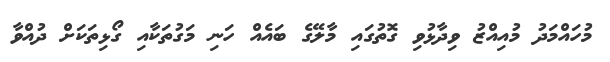
މުހައްމަދު މުއިއްޒު ވިދާޅުވި ގޮތުގައި މާލޭގެ ބައެއް ހަނި މަގުތަކާއި ގޯޅިތަކަށް ދުއްވާ